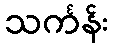
သင်္ကန်း